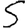
Digit: 5